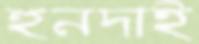
হুনদাই